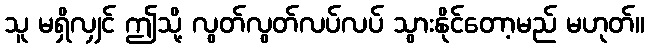
သူ မရှိလျှင် ဤသို့ လွတ်လွတ်လပ်လပ် သွားနိုင်တော့မည် မဟုတ်။